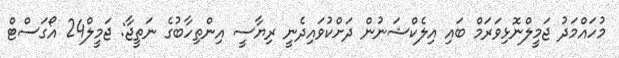
މުހައްމަދު ޖަމީލްނޮޅިވަރަމް ބައި އިލެކްޝަނުން ދަށްކުވައިދެނީ ރިޔާސީ އިންތިހާބުގެ ނަތީޖާ: ޖަމީލް24 އޯގަސްޓް